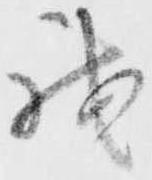
我